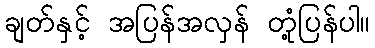
ချတ်နှင့် အပြန်အလှန် တုံ့ပြန်ပါ။